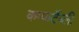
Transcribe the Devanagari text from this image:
कम्फर्टेब्ली